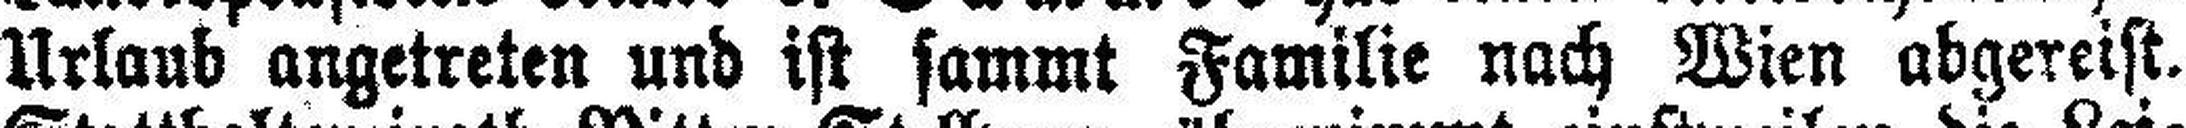
Urlaub angetreten und ist sammt Familie nach Wien abgereist.